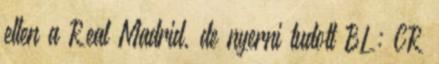
ellen a Real Madrid, de nyerni tudott BL: CR